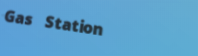
Gas Station